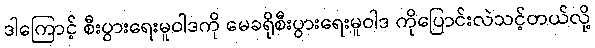
ဒါကြောင့် စီးပွားရေးမူဝါဒကို မေခရိုစီးပွားရေးမူဝါဒ ကိုပြောင်းလဲသင့်တယ်လို့